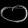
Digit: ၀